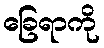
ခြေရာကို